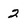
Character: 2